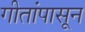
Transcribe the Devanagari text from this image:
गीतांपासून